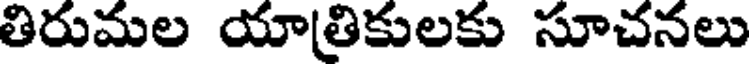
తిరుమల యాత్రికులకు సూచనలు